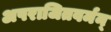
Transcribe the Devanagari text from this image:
अपराजितवर्मन्